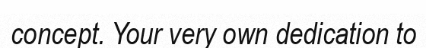
concept. Your very own dedication to